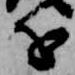
を